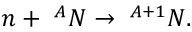
n + \textrm { } ^ { A } N \rightarrow \textrm { } ^ { A + 1 } N .